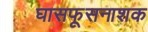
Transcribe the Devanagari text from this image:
घासफूसनाशक